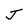
Character: J